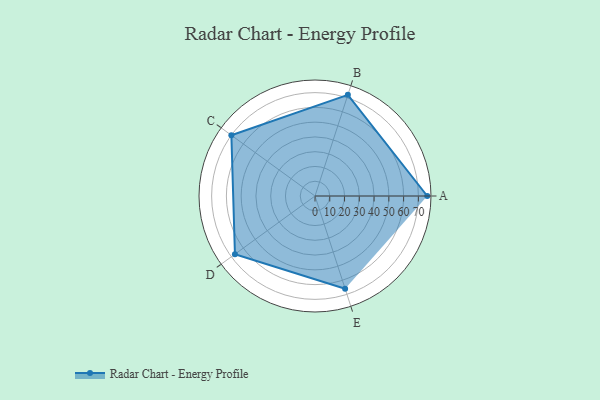
{"axis": {"x": "Skill", "y": "Score"}, "legend": ["Profile"], "data": [{"x": "A", "y": 76.0, "type": "Profile"}, {"x": "B", "y": 72.0, "type": "Profile"}, {"x": "C", "y": 70.0, "type": "Profile"}, {"x": "D", "y": 67.0, "type": "Profile"}, {"x": "E", "y": 66.0, "type": "Profile"}]}